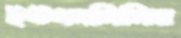
ইউএসসিসির